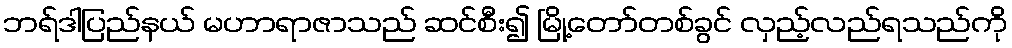
ဘရ်ဒါပြည်နယ် မဟာရာဇာသည် ဆင်စီး၍ မြို့တော်တစ်ခွင် လှည့်လည်ရသည်ကို